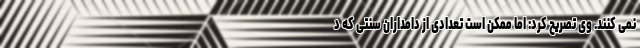
نمی کنند. وی تصریح کرد: اما ممکن است تعدادی از دامداران سنتی که د